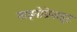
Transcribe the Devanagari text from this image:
साइनोग्रेनाइट